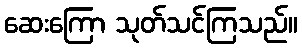
ဆေးကြော သုတ်သင်ကြသည်။